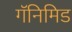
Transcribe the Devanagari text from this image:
गॅनिमिड